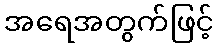
အရေအတွက်ဖြင့်